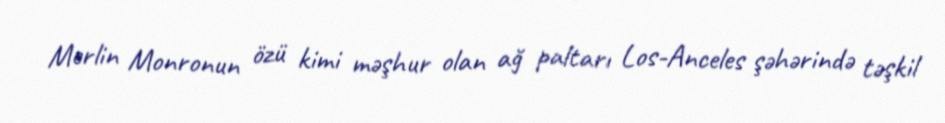
Merlin Monronun özü kimi məşhur olan ağ paltarı Los-Anceles şəhərində təşkil